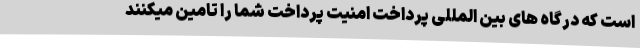
است که درگاه های بین المللی پرداخت امنیت پرداخت شما را تامین میکنند